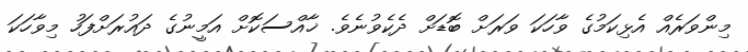
މިންވަރެއް އެޅިކަމުގެ ވާހަކަ ވަރަށް ބޮޑަށް ދެކެވުނެވެ. ޚާއްސަކޮށް އަމީނުގެ ދައުރަށްފަހު މިވާހަކަ